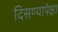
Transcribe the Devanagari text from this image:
दिसण्यापेक्षा